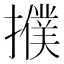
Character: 𢷏